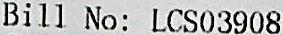
BILL NO: LCS03908